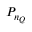
P _ { n _ { Q } }